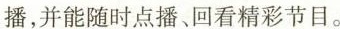
播，并能随时点播、回看精彩节目。